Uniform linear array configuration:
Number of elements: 8
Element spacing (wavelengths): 0.25
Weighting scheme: hann
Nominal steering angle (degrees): -30
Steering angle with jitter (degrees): -28.312
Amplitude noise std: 0.05
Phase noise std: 0.05

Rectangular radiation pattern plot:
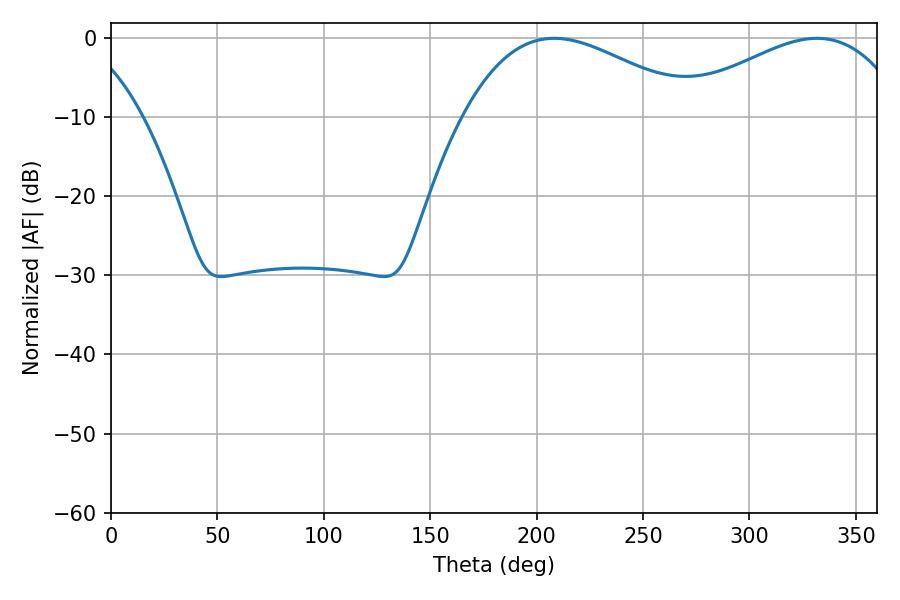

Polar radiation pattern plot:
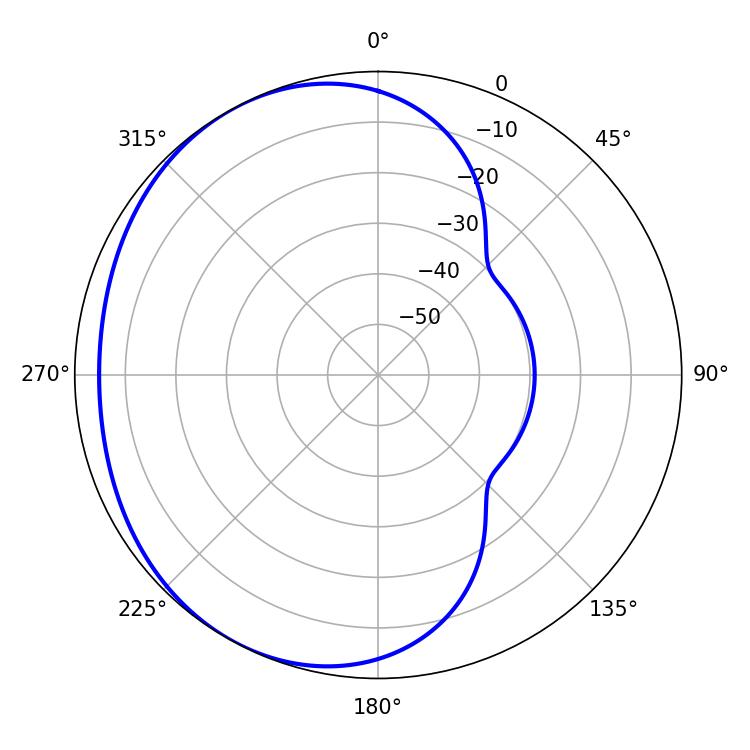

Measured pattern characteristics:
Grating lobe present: FALSE
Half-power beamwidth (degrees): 60.12
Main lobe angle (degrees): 331.74